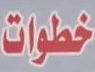
خطوات